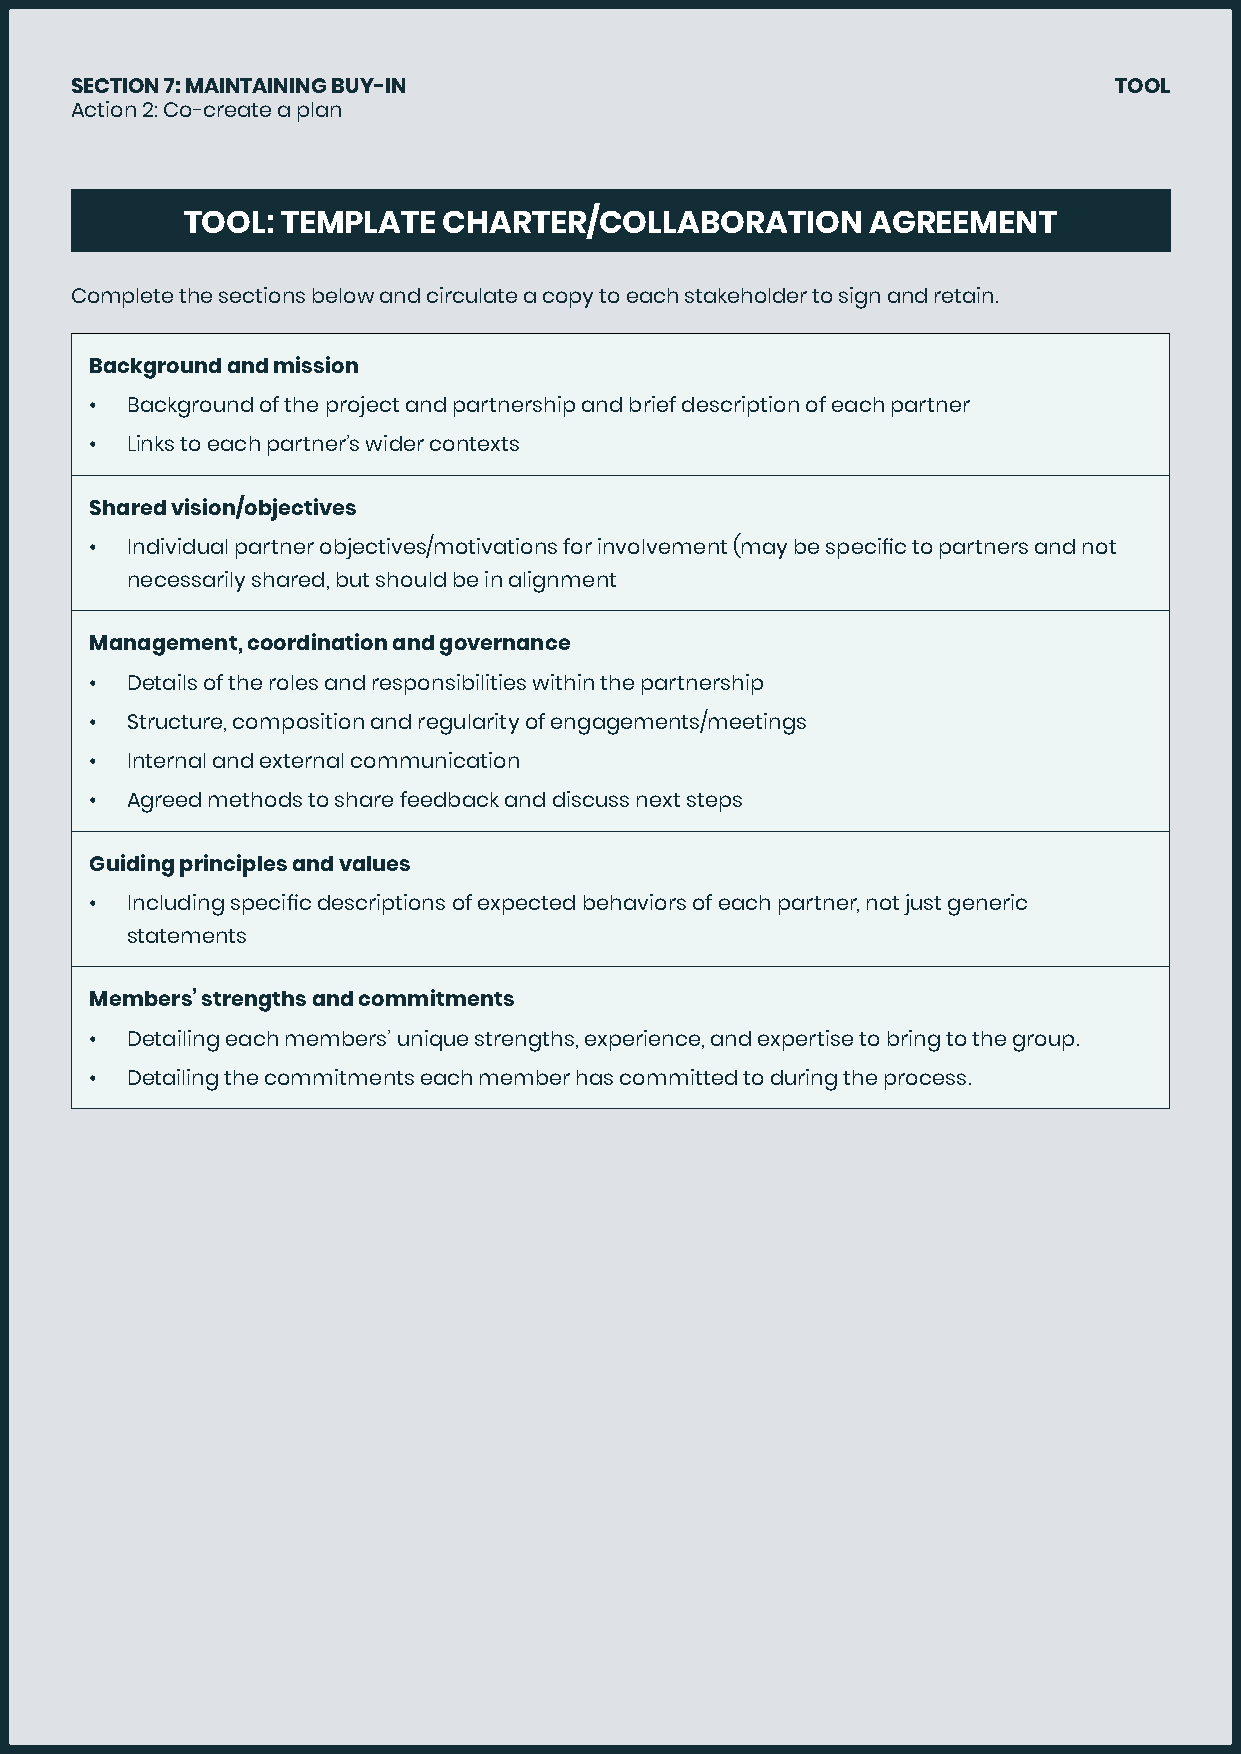
SECTION 7: MAINTAINING BUY-IN                                        TOOL
 Action 2: Co-create a plan
 TOOL:  TEMPLATE  CHARTER/COLLABORATION        AGREEMENT
 Complete the sections below and circulate a copy to each stakeholder to sign and retain.
 Background and mission
 • Background of the project and partnership and brief description of each partner
 • Links to each partner’s wider contexts
 Shared vision/objectives
 • Individual partner objectives/motivations for involvement (may be specific to partners and not
 necessarily shared, but should be in alignment
 Management, coordination and governance
 • Details of the roles and responsibilities within the partnership
 • Structure, composition and regularity of engagements/meetings
 • Internal and external communication
 • Agreed methods to share feedback and discuss next steps
 Guiding principles and values
 • Including specific descriptions of expected behaviors of each partner, not just generic
 statements
 Members’ strengths and commitments
 • Detailing each members’ unique strengths, experience, and expertise to bring to the group.
 • Detailing the commitments each member has committed to during the process.
 41